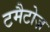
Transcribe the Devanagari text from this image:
टमैटोज़